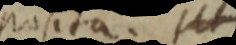
posita. sit